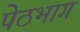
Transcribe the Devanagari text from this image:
पेठभाग